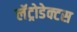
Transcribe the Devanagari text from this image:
लॅट्रोडेक्टस